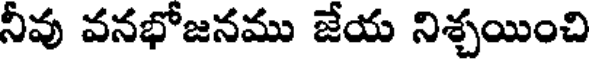
నీవు వనభోజనము జేయ నిశ్చయించి